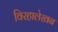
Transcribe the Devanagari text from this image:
विरहालेखन